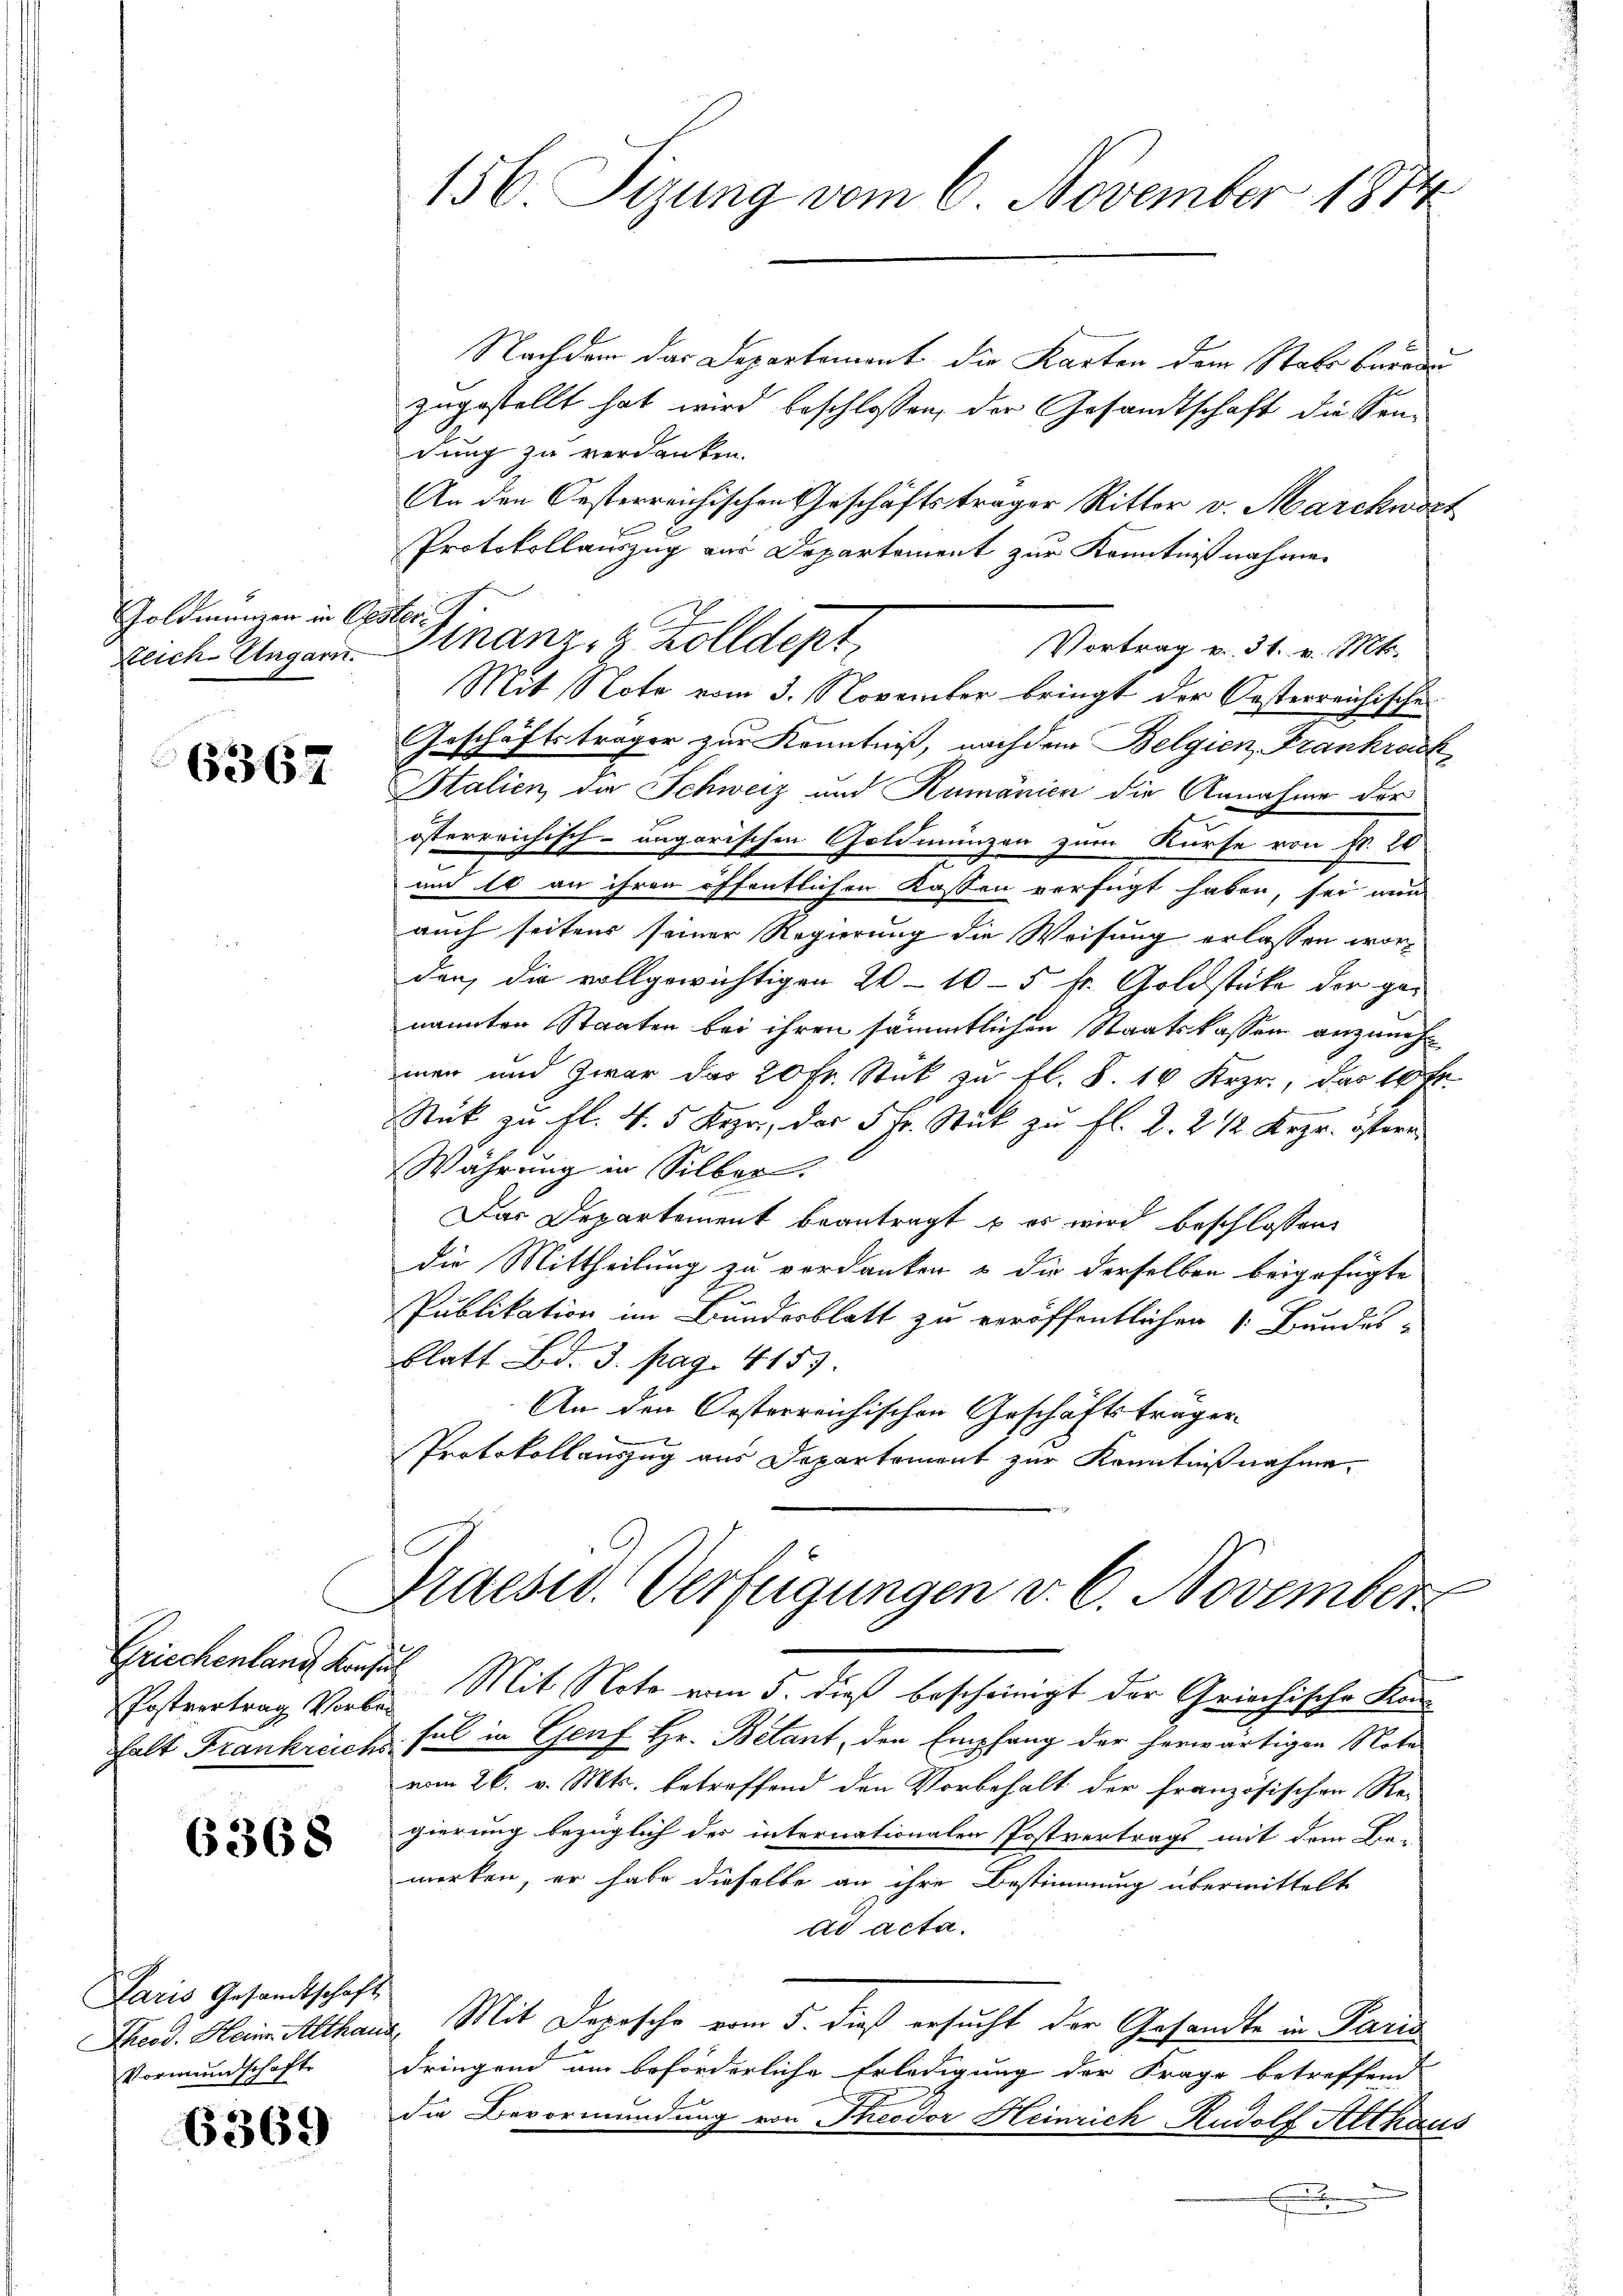
Goldmangen in Oesteri

Griechenland Konsul

6368

Paris Gesandtschaft
Vormundschaft

6369

Nachdem das Departement die Karten dem Stabe barode
zugestellt hat wird beschlossen, der Gesandtschaft die Sendung zu verdanken.
An den Oesterreichischen Geschäftsträger Ritter v. Marckwort
Protokollauszug aus Departement zur Kenntnißnahmen
Vortrag u. 31. v. Mts.
Mit Note vom 3. November bringt der Oesterreichische
Geschäftsträger zur Kenntniß, nachdem Belgien, Frankrock
 Italien, die Schweiz und Rumänien die Annahme der
österreichisch-ungarischen Goldmünzen zum Kurse von Fr. 20
und 10 an ihren öffentlichen Kassen verfügt haben, sei nun
auch seitens seiner Regierung die Weisung erlassen worden, die vollgewichtigen 20-10-5 fr. Goldstücke der genannten Staaten bei ihren sämmtlichen Staatskassen anzunehmen und zwar das 20 Fr. Stück zu fl. S. 16 Krzr., das 10 t
Stük zu fl. 4. 5 Keyr, der 5 Fr. Stück zu fl. 2. 2 1/2 Krgr. östern
Währung in Silber.
Das Departement beantragt u es wird beschlossen,
die Mittheilung zu verdanken & die derselben beigefügte
Publikation im Bundesblatt zu veröffentlichen 1. Bundes-
Blatt Bd. 3. pag. 4153.
An den Orsterreichischen Geschäftsträger
Protokollauszug aus Departement zur Kenntnißnahme.
Praesid. Verfügungen v. 6. November
Postvertrag Vorte. Mit Note vom 5. dieß bescheinigt der Griechische Kon
halt Frankreich fol in Genf Hr. Belant, den Empfang der herwärtigen Note
vom 26. v. Mts. betreffend den Vorbehalt der Französischen Re-
gierung bezüglich des internationalen Postvertrags mit dem Be-
merken, er habe dieselbe an ihre Bestimmung übermittelt
ad acta.
Theod. Heim Althaus Mit Depesche vom 5. dieß ersucht der Gesandte in Paris
dringend am beförderliche Erledigung der Frage betreffend
die Bevormundung von Theodor Heinrich Rudolf Althaus
.

156 Sizung vom 6. November 1874

zeich. Ungarn. Finanz- & Zolldept,